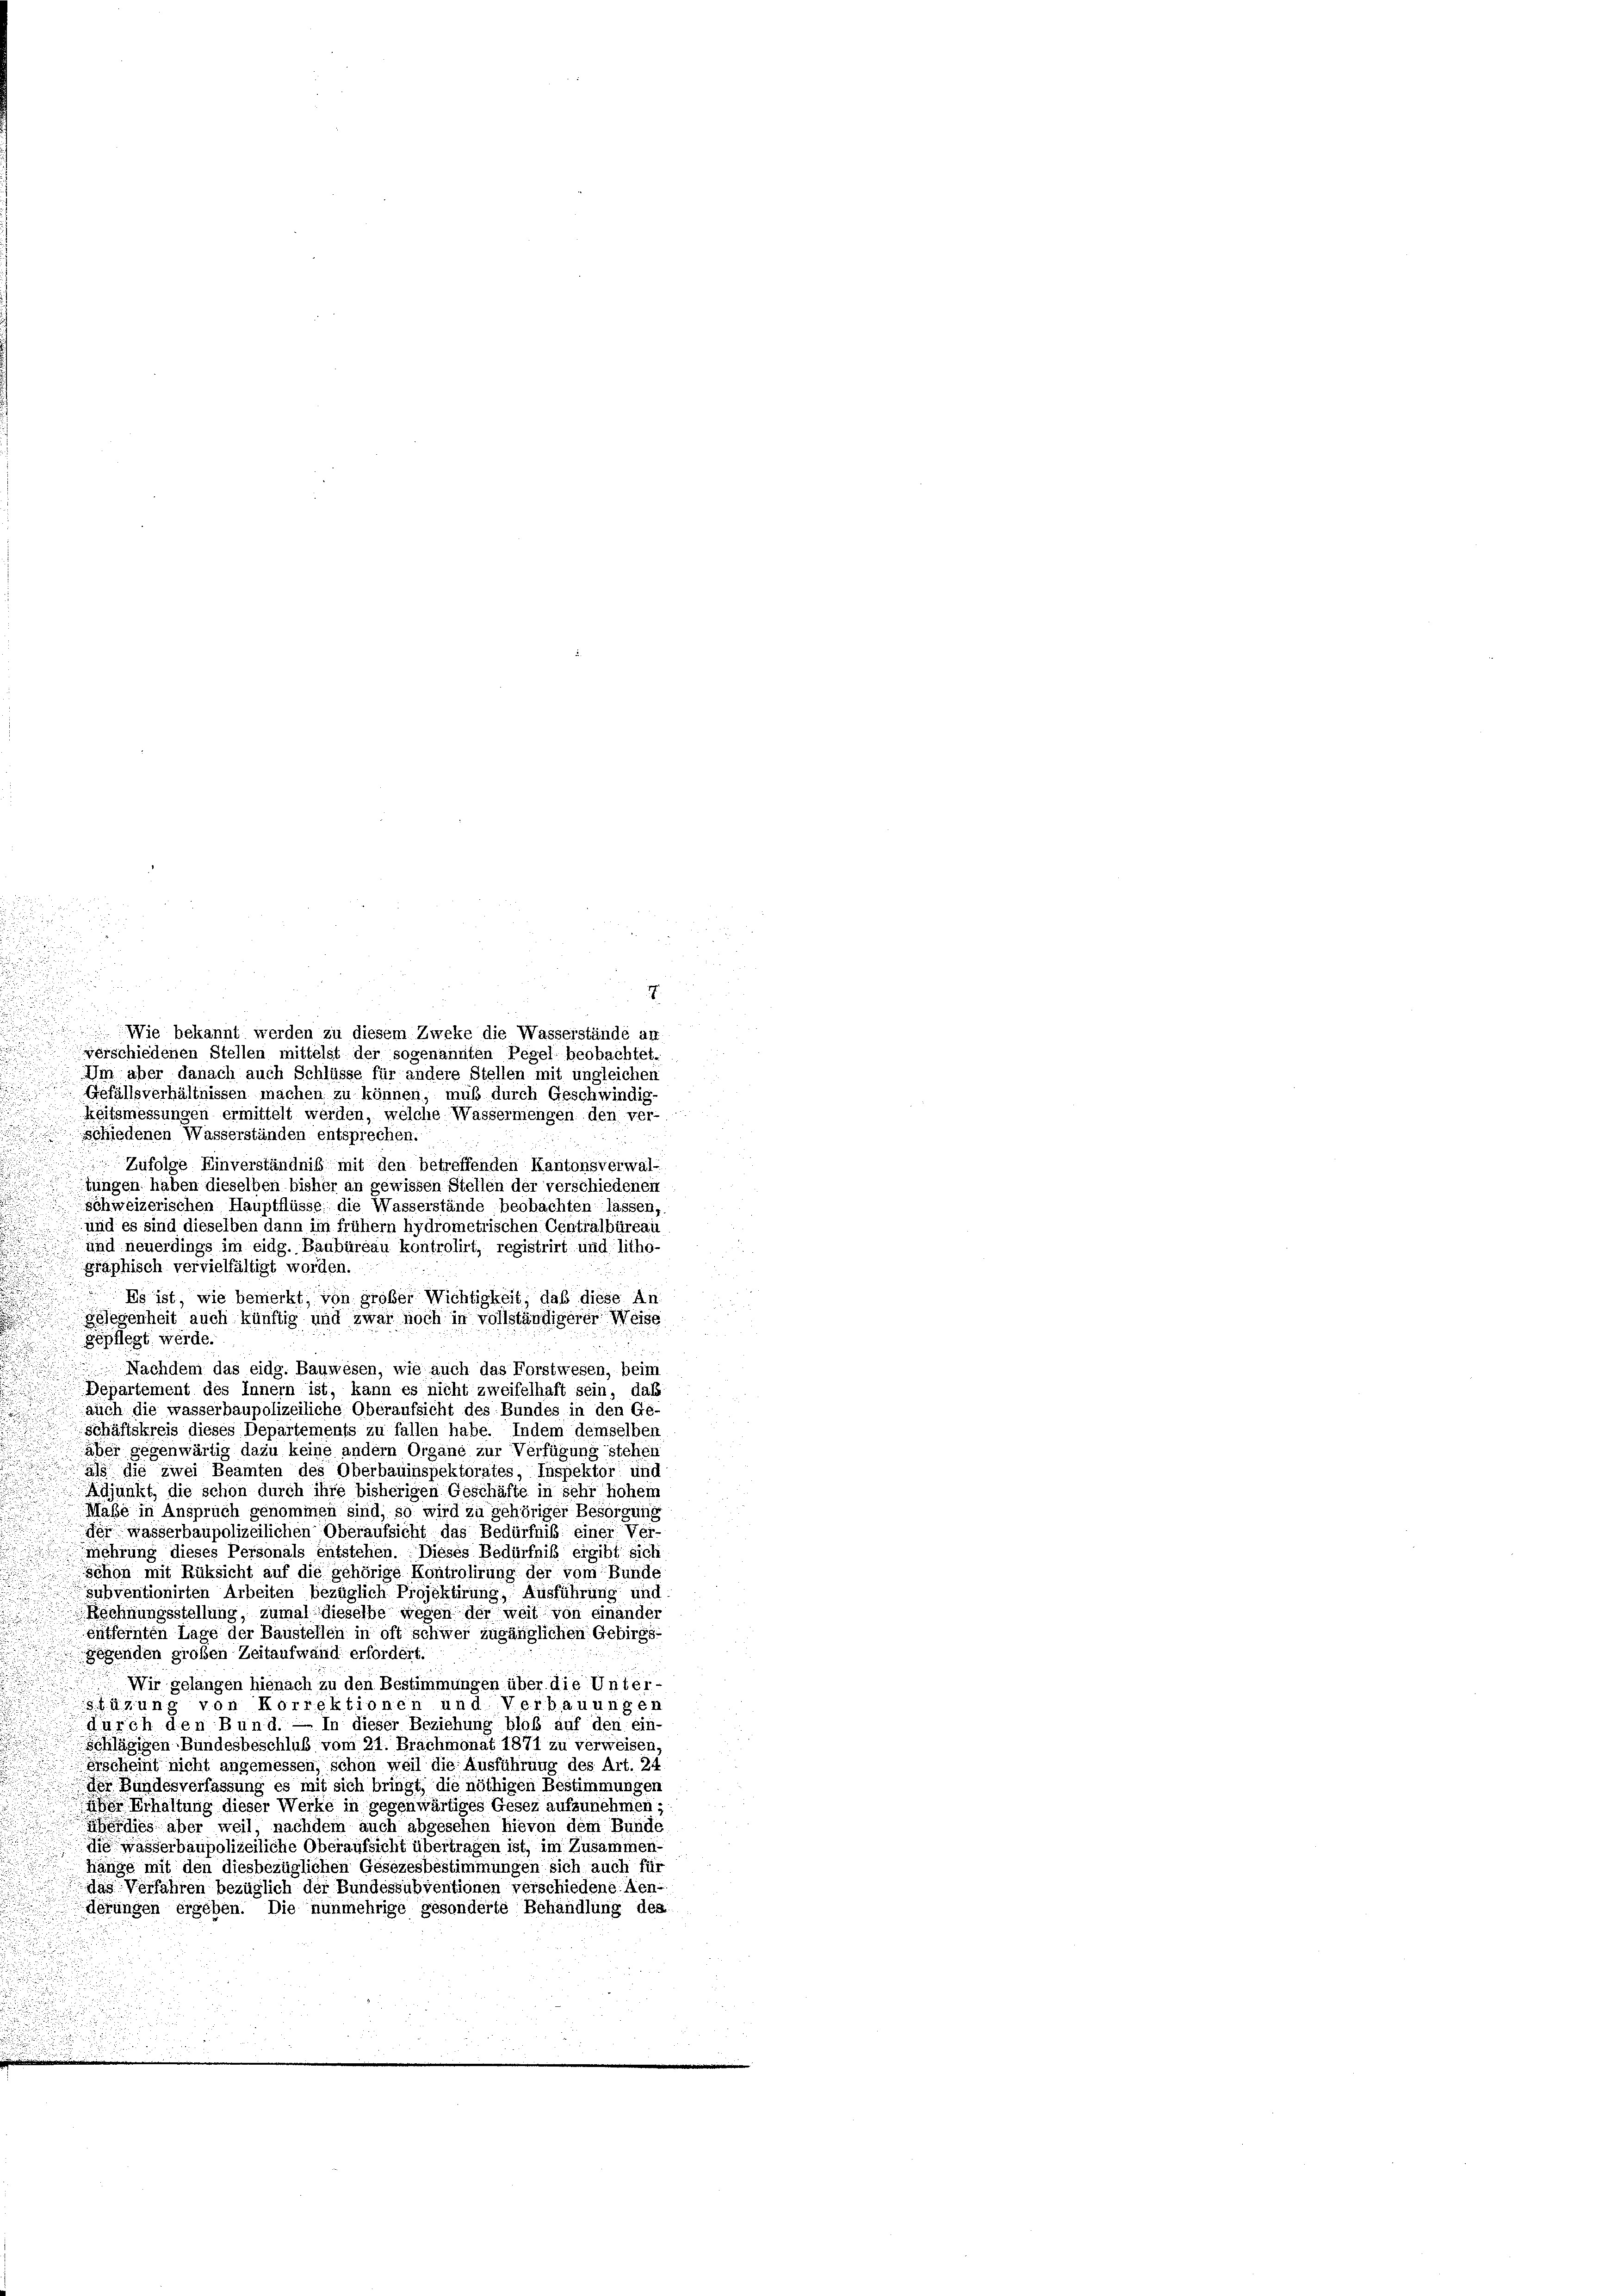
77.
Wie bekannt werden zu diesem Zweke die Wasserstände an
verschiedenen Stellen mittelst der sogenannten Pegel beobachtet.
Um aber danach auch Schlüsse für andere Stellen mit ungleichen
Gefällsverhältnissen machen zu können, müß durch Geschwindig-
keitsmessungen ermittelt werden, welche Wassermengen den ver-
Schiedenen Wasserständen entsprechen.
Zufolge Einverständniß mit den betreffenden Kantonsverwal-
.
n
tungen haben dieselben bisher an gewissen Stellen der verschiedeneit
schweizerischen Hauptflüsse die Wasserstände beobachten lassen,
und es sind dieselben dann im frühem hydrometrischen Centralbüreau
 und neuerdings im eidg. Baubüreau kontrolirt, registrirt und litho-
graphisch vervielfältigt worden.
Es ist, wie bemerkt, von großer Wichtigkeit, daß diese An¬
Gelegenheit auch künftig und zwar noch in vollständigerer Weise
gepflegt werde.
Nachdem das eidg. Bauwesen, wie auch das Forstwesen, beim
Departement des Innern ist, kann es nicht zweifelhaft sein, daß
auch die wasserbaupolizeiliche Oberaufsicht des Bundes in den Ge-
schäftskreis dieses Departements zu fallen habe. Indem demselben
aber gegenwärtig dazu keine andern Organe zur Verfügung stehen
als die zwei Beamten des Oberbauinspektorates, Inspektor und
.
Adjunkt, die schon durch ihre bisherigen Geschäfte in sehr hohem
Maße in Anspruch genommen sind, so wird zu gehöriger Besorgung
der wasserbaupolizeilichen Oberaufsicht das Bedürfniß einer Ver-
mehrung dieses Personals entstehen. Dieses Bedürfniß ergibt sich
schon mit Rüksicht auf die gehörige Kontrolirung der vom Bunde
subventionirten Arbeiten bezüglich Projektirung, Ausführung und
Rechnungsstellung, zumal dieselbe wegen der weit von einander
entfernten Lage der Baustellen in oft schwer zugänglichen Gebirgs-
Gegenden großen Zeitaufwand erfordert.
Wir gelangen hienach zu den Bestimmungen über die Unter
fügung von Korrektionen und Verbauungen
durch den Bund. — In dieser Beziehung bloß auf den ein-
Schlägigen Bundesbeschluß vom 21. Brachmonat 1871 zu verweisen,
gischeint nicht angemessen, schon weil die Ausführung des Art. 24
der Bundesverfassung es mit sich bringt, die nöthigen Bestimmungen
he Erhaltung dieser Werke in gegenwärtiges Gesez aufzunehmen:
berdies aber weil, nachdem auch abgesehen hievon dem Bunde
die wasserbaupolizeiliche Oberaufsicht übertragen ist, im Zusammen-
u
hänge mit den diesbezüglichen Gesezesbestimmungen sich auch für
das Verfahren bezüglich der Bundessubventionen verschiedene Aen
derungen ergeben. Die nunmehrige gesonderte Behandlung des

n